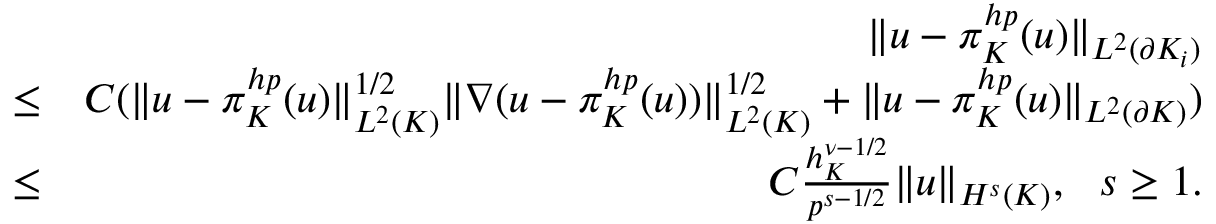
\begin{array} { r l r } & { } & { \| u - \pi _ { K } ^ { h p } ( u ) \| _ { L ^ { 2 } ( \partial K _ { i } ) } } \\ & { \le } & { C ( \| u - \pi _ { K } ^ { h p } ( u ) \| _ { L ^ { 2 } ( K ) } ^ { 1 / 2 } \| \nabla ( u - \pi _ { K } ^ { h p } ( u ) ) \| _ { L ^ { 2 } ( K ) } ^ { 1 / 2 } + \| u - \pi _ { K } ^ { h p } ( u ) \| _ { L ^ { 2 } ( \partial K ) } ) } \\ & { \le } & { C \frac { h _ { K } ^ { \nu - 1 / 2 } } { p ^ { s - 1 / 2 } } \| u \| _ { H ^ { s } ( K ) } , \ \ s \ge 1 . } \end{array}